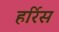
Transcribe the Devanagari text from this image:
हर्रिस